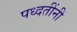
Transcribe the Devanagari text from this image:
पध्दतींनी